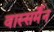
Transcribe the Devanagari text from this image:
वास्सर्मेंन